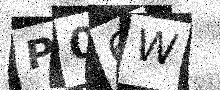
Text: P06W